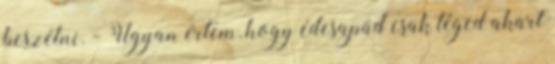
beszélni. - Ugyan értem, hogy édesapád csak téged akart